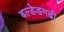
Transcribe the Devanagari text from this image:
बल्डेङगढी